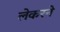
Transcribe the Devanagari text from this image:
लेकरने